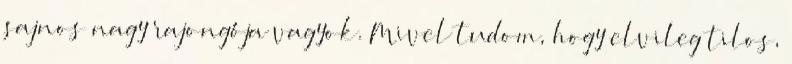
sajnos nagy rajongója vagyok. Mivel tudom, hogy elvileg tilos,